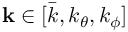
\mathbf { k } \in [ \bar { k } , k _ { \theta } , k _ { \phi } ]